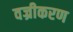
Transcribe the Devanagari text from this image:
वज्रीकरण